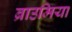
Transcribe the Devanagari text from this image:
ब्राउमिया